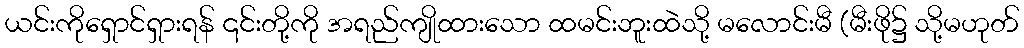
ယင်းကိုရှောင်ရှားရန် ၎င်းတို့ကို အရည်ကျိုထားသော ထမင်းဘူးထဲသို့ မလောင်းမီ (မီးဖို၌ သို့မဟုတ်